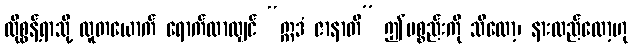
ထိုစွန့်ရာသို့ လူတယောက် ရောက်လာလျှင် “ဣဒံ ဇာနာတိ” ဤပစ္စည်းကို သိလော့၊ နားလည်လော့ဟု